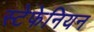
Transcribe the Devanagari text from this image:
स्टेफेनियन